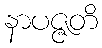
နာပဇ္ဇတိ